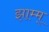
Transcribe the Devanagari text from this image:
झाम्म्